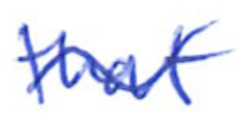
Text: that
Cross-out: wave
Writing tool: ballpoint